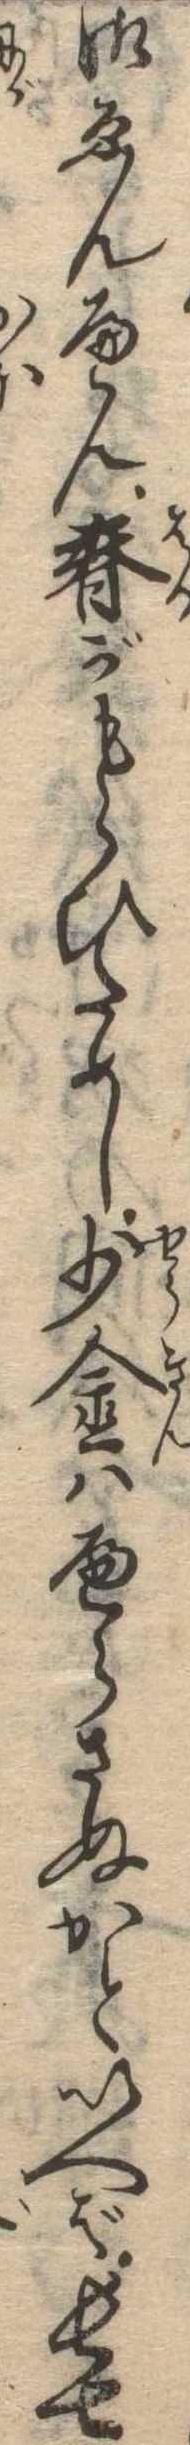
御ゑんへん春がもらひためし少金はへらさぬかといへば長七